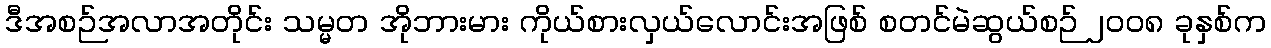
ဒီအစဉ်အလာအတိုင်း သမ္မတ အိုဘားမား ကိုယ်စားလှယ်လောင်းအဖြစ် စတင်မဲဆွယ်စဉ် ၂၀၀၈ ခုနှစ်က